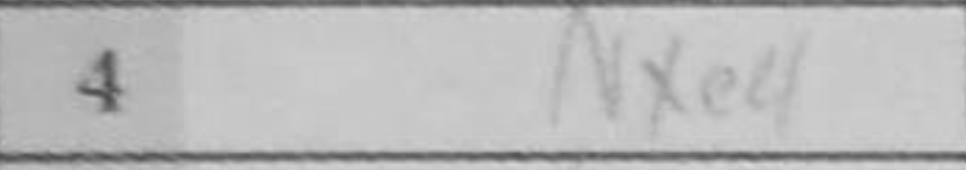
Transcription: Nxe4